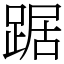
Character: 踞